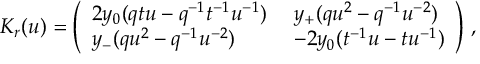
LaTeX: K _ { r } ( u ) = \left( \begin{array} { l l } { { 2 y _ { 0 } ( q t u - q ^ { - 1 } t ^ { - 1 } u ^ { - 1 } ) \; } } & { { y _ { + } ( q u ^ { 2 } - q ^ { - 1 } u ^ { - 2 } ) } } \\ { { y _ { - } ( q u ^ { 2 } - q ^ { - 1 } u ^ { - 2 } ) \; } } & { { - 2 y _ { 0 } ( t ^ { - 1 } u - t u ^ { - 1 } ) } } \end{array} \right) \, ,